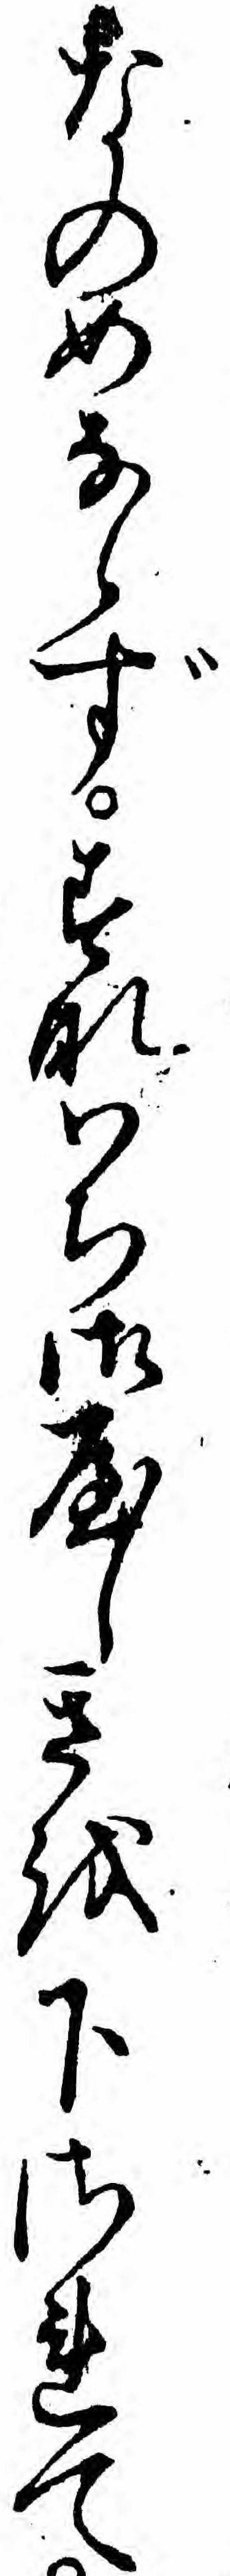
なのめならずすなハち御屋しきを下されて